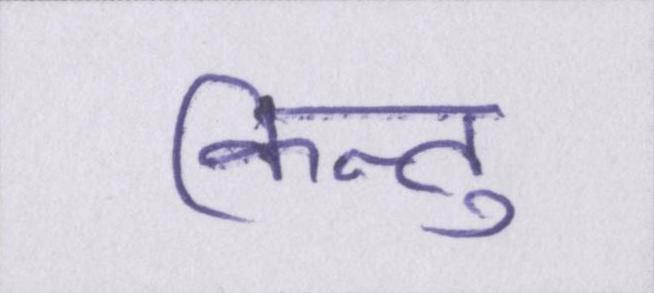
किन्तु